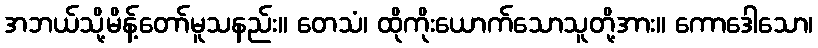
အဘယ်သို့မိန့်တော်မူသနည်း။ တေသံ၊ ထိုကိုးယောက်သောသူတို့အား။ ကောဒေါသော၊